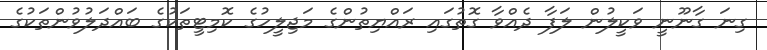
ގިނަ ގާނޫނީ ވަކީލުން ލަފާ ދެއްވާ ގޮތުގައި ރައްޔިތުންގެ މަޖިލީހުގެ ކޮމިޓީތަކުގެ ބައްދަލުވުންތަކުގެ